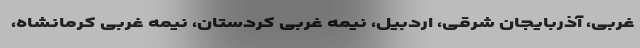
غربی، آذربایجان شرقی، اردبیل، نیمه غربی کردستان، نیمه غربی کرمانشاه،